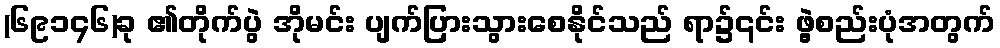
(၆၉၁၄၆)ခု ၏တိုက်ပွဲ အိုမင်း ပျက်ပြားသွားစေနိုင်သည် ရာ၌၎င်း ဖွဲ့စည်းပုံအတွက်